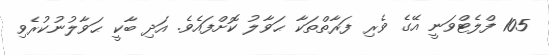
105 ފްލެޓްވަނީ އޭގެ ވެރި ފަރާތްތަކާ ޙަވާލު ކޮށްފައެވެ. އަދި ބާކީ ޙަވާލުނުކުރެވި